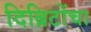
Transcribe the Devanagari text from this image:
दिब्रिटोंचा